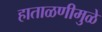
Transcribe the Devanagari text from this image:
हाताळणीमुळे